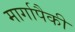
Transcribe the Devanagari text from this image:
मार्गापैकी